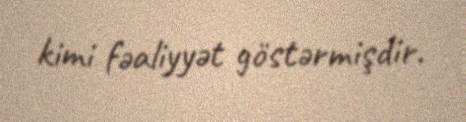
kimi fəaliyyət göstərmişdir.